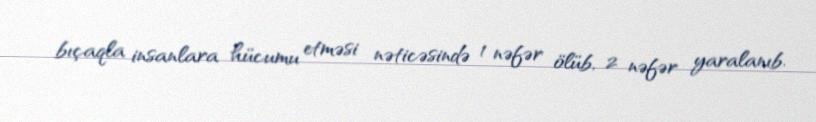
bıçaqla insanlara hücumu etməsi nəticəsində 1 nəfər ölüb, 2 nəfər yaralanıb.